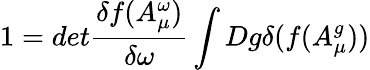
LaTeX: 1=det\frac{\delta f(A_{\mu}^{\omega})}{\delta\omega}\int Dg\delta(f(A_{\mu}^{g}))